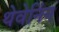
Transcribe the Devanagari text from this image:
थेवेनिंन